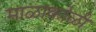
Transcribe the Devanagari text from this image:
माळाकोळी